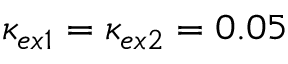
\kappa _ { e x 1 } = \kappa _ { e x 2 } = 0 . 0 5